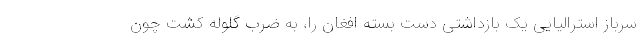
سرباز استرالیایی یک بازداشتی دست بسته افغان را، به ضرب گلوله کشت چون